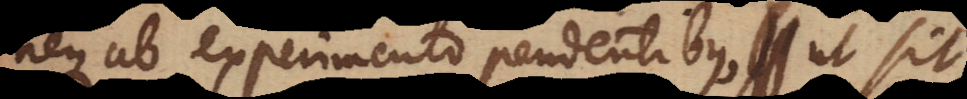
neque ab experimento pendentibus, ut sit